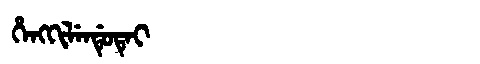
Manchu: ᡥᡝᠩᡴᡳᠯᡝᠨᡩᡠᡨᡝᡳ
Romanization: HENGKILENDUTEI